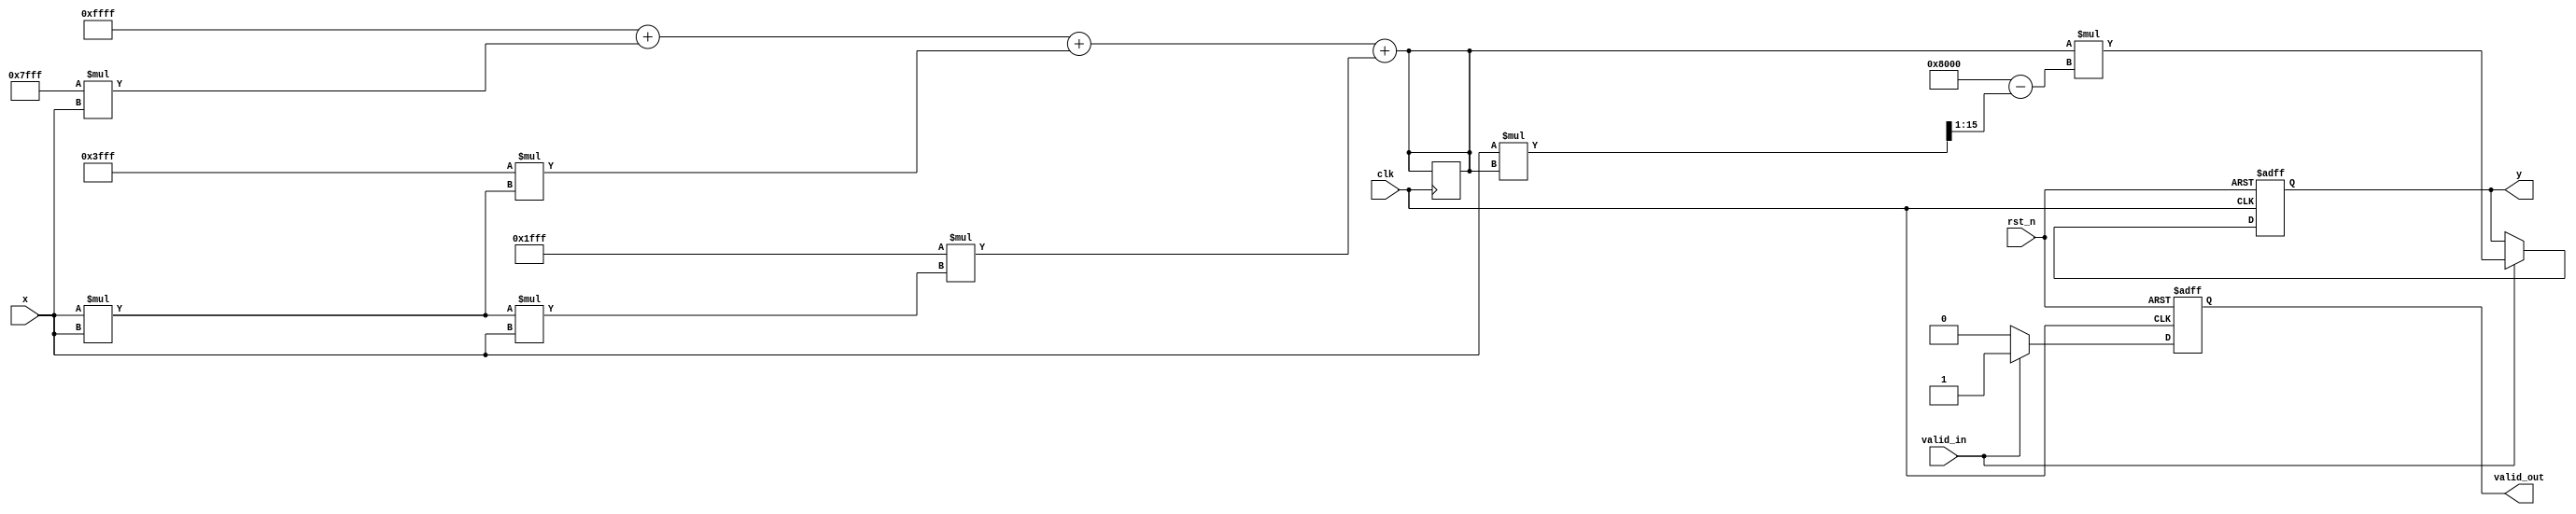
module poly_reciprocal #(
    parameter N = 16, // Input width
    parameter M = 16, // Output width
    parameter K = 3   // Degree of polynomial
)(
    input wire clk,
    input wire rst_n,
    input wire [N-1:0] x, // Input value (0 < x < 1)
    input wire valid_in,
    output reg [M-1:0] y, // Output reciprocal
    output reg valid_out
);

    // Polynomial coefficients (example values for P(x))
    // These coefficients should be optimized for the target range
    localparam [M-1:0] a0 = 16'hFFFF; // Example coefficient for x^0
    localparam [M-1:0] a1 = 16'h7FFF; // Example coefficient for x^1
    localparam [M-1:0] a2 = 16'h3FFF; // Example coefficient for x^2
    localparam [M-1:0] a3 = 16'h1FFF; // Example coefficient for x^3

    // Internal signals
    reg [M-1:0] approx;
    reg [M-1:0] refined;
    reg [M-1:0] x_squared;
    reg [M-1:0] temp;

    // Polynomial evaluation
    always @(*) begin
        // P(x) = a0 + a1*x + a2*x^2 + a3*x^3
        approx = a0 + (a1 * x) + (a2 * (x * x)) + (a3 * (x * x * x));
    end

    // Newton-Raphson refinement
    always @(*) begin
        // Newton-Raphson: x_n+1 = x_n * (2 - x * x_n)
        refined = approx * (16'h8000 - (x * approx >> 1)); // 16'h8000 is 2 in fixed-point
    end

    // Control logic
    always @(posedge clk or negedge rst_n) begin
        if (!rst_n) begin
            y <= 0;
            valid_out <= 0;
        end else if (valid_in) begin
            // First approximation
            approx <= approx;
            // Refinement step
            y <= refined;
            valid_out <= 1;
        end else begin
            valid_out <= 0;
        end
    end

endmodule